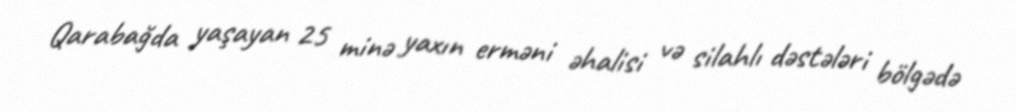
Qarabağda yaşayan 25 minə yaxın erməni əhalisi və silahlı dəstələri bölgədə